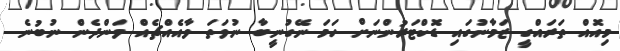
މިއޮއް ތަރައްގީ ޒަމާނުގައި ޑޮކްޓަރުންނަށް ހަމަ ނޭގުނީބާ ނުވަތަ ވާއެއްޗެއް ވަންދެން ނުބުނެ